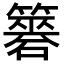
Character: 𥵼